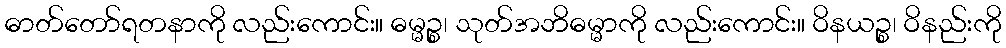
ဓာတ်တော်ရတနာကို လည်းကောင်း။ ဓမ္မဉ္စ၊ သုတ်အဘိဓမ္မာကို လည်းကောင်း။ ဝိနယဉ္စ၊ ဝိနည်းကို